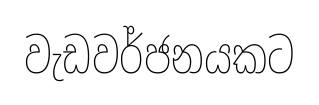
වැඩවර්ජනයකට